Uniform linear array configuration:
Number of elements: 32
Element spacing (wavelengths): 0.5
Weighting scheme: kaiser
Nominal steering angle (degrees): -45
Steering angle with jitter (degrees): -43.283
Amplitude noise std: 0.05
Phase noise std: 0.05

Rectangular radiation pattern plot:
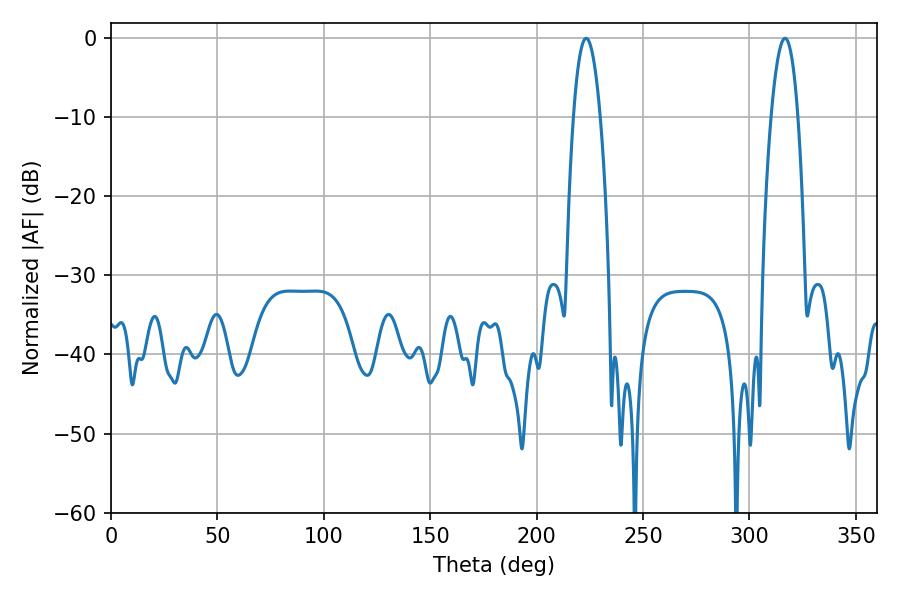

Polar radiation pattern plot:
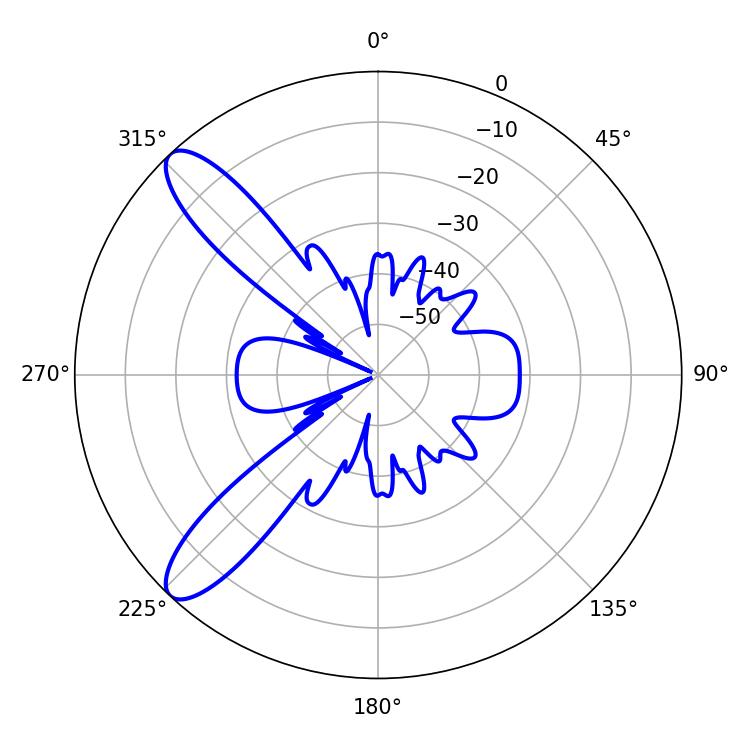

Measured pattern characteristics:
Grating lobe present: FALSE
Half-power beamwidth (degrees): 6.84
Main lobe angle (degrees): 223.2